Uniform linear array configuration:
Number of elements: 24
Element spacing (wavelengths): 0.25
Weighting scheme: hamming
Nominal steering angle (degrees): -60
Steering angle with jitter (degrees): -59.13
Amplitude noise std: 0.05
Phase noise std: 0.05

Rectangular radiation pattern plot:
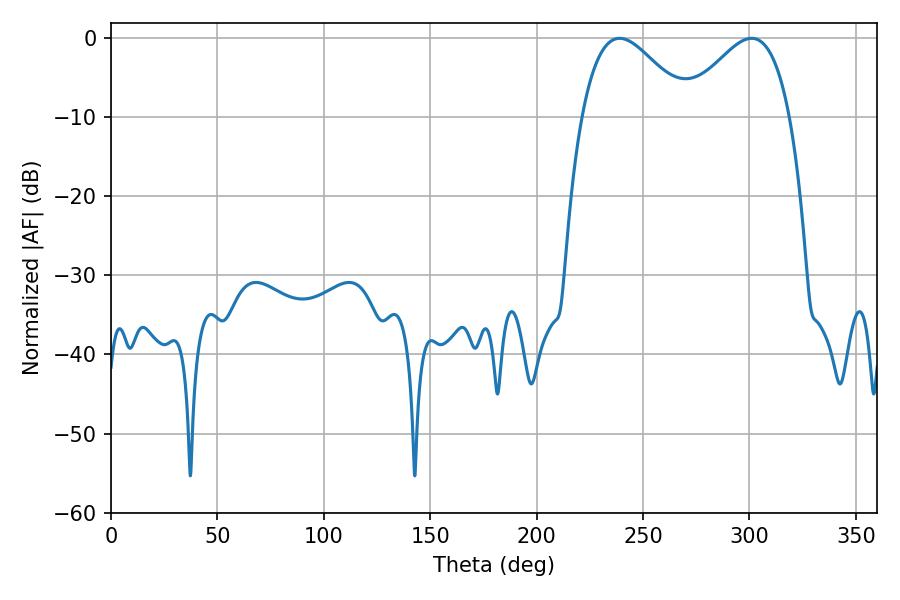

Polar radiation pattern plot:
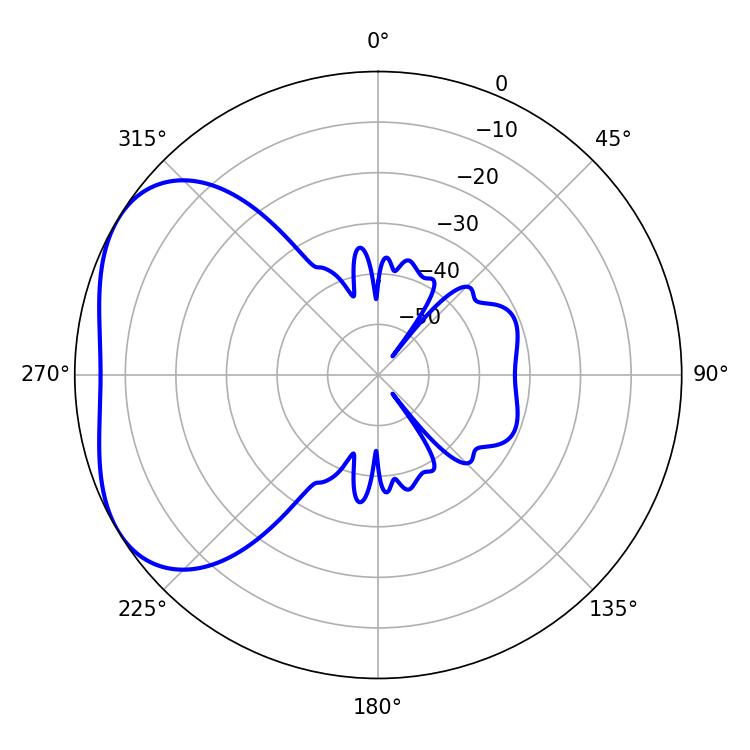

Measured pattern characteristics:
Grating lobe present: FALSE
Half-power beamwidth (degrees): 27.18
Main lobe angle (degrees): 239.04